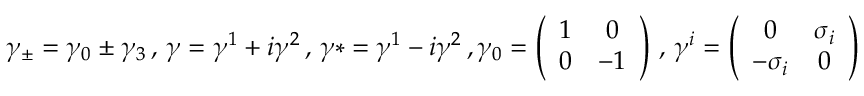
\gamma _ { \pm } = \gamma _ { 0 } \pm \gamma _ { 3 } \, , \, \gamma = \gamma ^ { 1 } + i \gamma ^ { 2 } \, , \, \gamma * = \gamma ^ { 1 } - i \gamma ^ { 2 } \, , \gamma _ { 0 } = \left( \begin{array} { c c } { { 1 } } & { { 0 } } \\ { { 0 } } & { { - 1 } } \end{array} \right) \, , \, \gamma ^ { i } = \left( \begin{array} { c c } { { 0 } } & { { \sigma _ { i } } } \\ { { - \sigma _ { i } } } & { { 0 } } \end{array} \right)